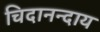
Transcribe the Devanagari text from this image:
चिदानन्दाय